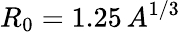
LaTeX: R_{0}=1.25\, A^{1/3}